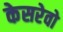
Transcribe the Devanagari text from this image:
केसरेवो